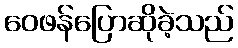
ဝေဖန်ပြောဆိုခဲ့သည်